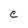
Character: C